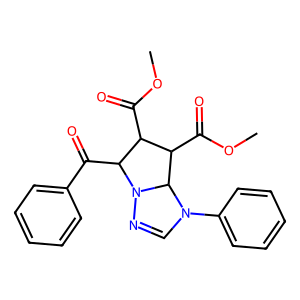
SMILES: COC(=O)C1C(C(=O)OC)C2N(c3ccccc3)C=NN2C1C(=O)c1ccccc1
Inhibits HIV replication: No